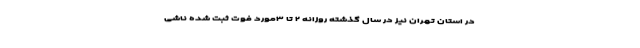
در استان تهران نیز در سال گذشته روزانه ۲ تا ۳مورد فوت ثبت شده ناشی